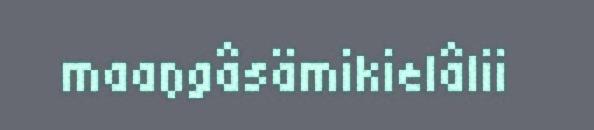
maaŋgâsämikielâlii